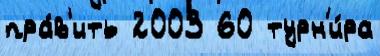
пра́в'ить 2003 60 турн'и́ра